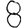
Digit: 8